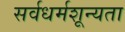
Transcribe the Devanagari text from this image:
सर्वधर्मशून्यता